Report of the Municipal Commissioner on the plague in Bombay for the year ending 31st May... - Volume 1
Disease focus: Plague
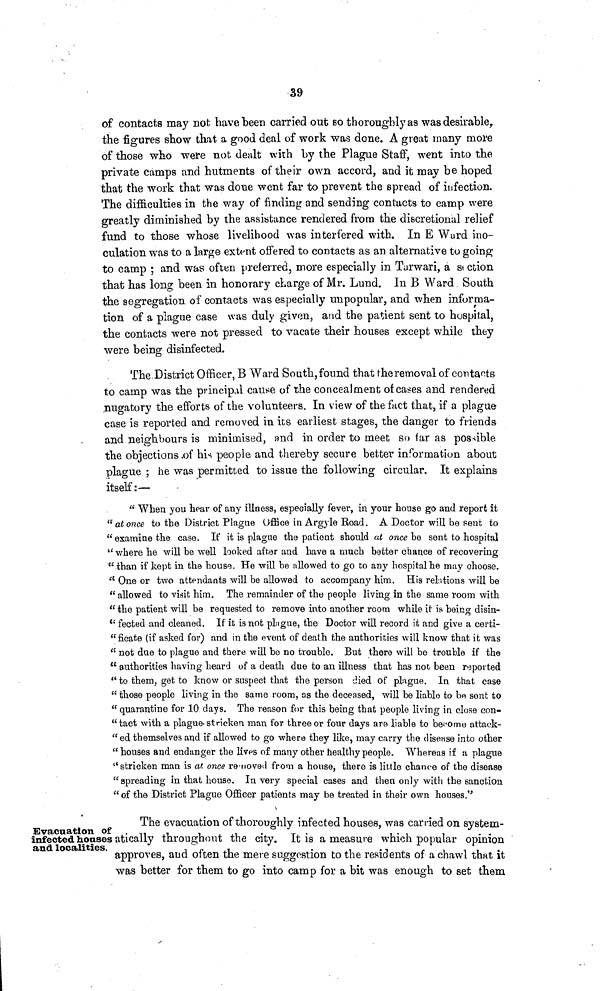
39
of contacts may not. have been carried out so thoroughly as was desirable,
the figures show that a good deal of work was done. A great many more
of those who were not dealt with by the Plague Staff, went into the
private camps and hutments of their own accord, and it may be hoped
that the work that was done went far to prevent the spread of infection.
The difficulties in the way of finding and sending contacts to camp were
greatly diminished by the assistance rendered from the discretional relief
fund to those whose livelihood was interfered with. In E Ward ino-
culation was to a large extent offered to contacts as an alternative to going
to camp ; and was often preferred, more especially in Tarwari, a section
that has long been in honorary charge of Mr. Lund. In B Ward South
the segregation, of contacts was especially unpopular, and when informa-
tion of a plague case was duly given, and the patient sent to hospital,
the contacts were not pressed to vacate their houses except while they
were being disinfected.
The District Officer, B Ward South, found that the removal of contacts
to camp was the principal cause of the concealment of cases and rendered
nugatory the efforts of the volunteers. In view of the fact that, if a plague
case is reported and removed in its earliest stages, the danger to friends
and neighbours is minimised, and in order to meet so far as possible
the objections of his people and thereby secure better information about
plague ; he was permitted to issue the following circular. It explains
itself:—
" When you hear of any illness, especially fever, in your house go and report it
"at once to the District Plague Office in Argyle Road. A Doctor will be sent to
" examine the case. If it is plague the patient should at once be sent to hospital
" where he will be well looked after and have a much better chance of recovering
" than if kept in the house. He will be allowed to go to any hospital he may choose.
" One or two attendants will be allowed to accompany him. His relations will be
"allowed to viáit him. The remainder of the people living in the same room with
" the patient will be requested to remove into another room while it is being disin-
" fected and cleaned. If it is not plague, the Doctor will record it and give a certi-
"ficate (if asked for) and in the event of death the authorities will know that it was
" not due to plague and there will be no trouble. But there will be trouble if the
" authorities having heard of a death due to an illness that has not been reported
" to them, get to know or suspect that the person died of plague. In that case
" those people living in the same room, as the deceased, will be liable to be sent to
" quarantine for 10 days. The reason for this being that people living in close con-
"tact with a plague-stricken man for three or four days are liable to become attack-
"ed themselves and if allowed to go where they like, may carry the disease into other
" houses and endanger the lives of many other healthy people. Whereas if a plague
"stricken man is at once removed from a house, there is little chance of the disease
" spreading in that house. In very special cases and then only with the sanction
" of the District Plague Officer patients may be treated in their own houses."
Evacuation of
infected houses
and localities.
The evacuation of thoroughly infected houses, was carried on system-
atically throughout the city. It is a measure which popular opinion
approves, and often the mere suggestion to the residents of a chawl that it
was better for them to go into camp for a bit was enough to set them